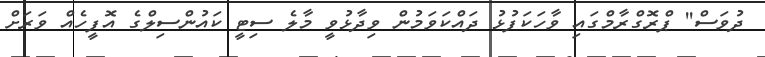
ދުވަސް'' ޕްރޮގްރާމްގައި ވާހަކަފުޅު ދައްކަވަމުން ވިދާޅުވީ މާލެ ސިޓީ ކައުންސިލްގެ އޮފީހެއް ވަރަށް